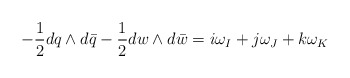
\begin{align*}-{1\over 2} dq\wedge d\bar{q}-{1\over 2} dw\wedge d\bar{w}=i\omega_I+j\omega_J+k\omega_K\end{align*}